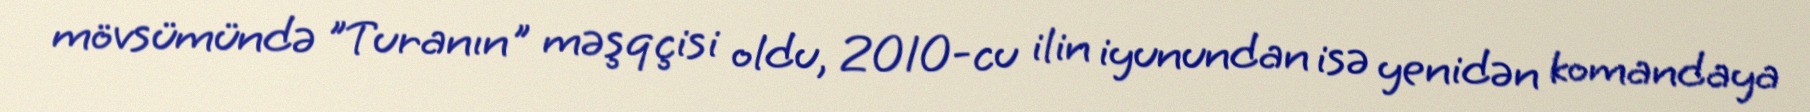
mövsümündə "Turanın" məşqçisi oldu, 2010-cu ilin iyunundan isə yenidən komandaya